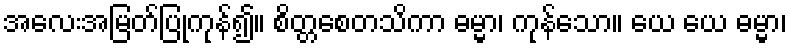
အလေးအမြတ်ပြုကုန်၍။ စိတ္တစေတသိကာ ဓမ္မာ၊ ကုန်သော။ ယေ ယေ ဓမ္မာ၊